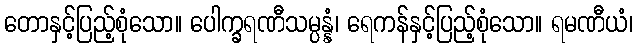
တောနှင့်ပြည့်စုံသော။ ပေါက္ခရဏီသမ္ပန္နံ၊ ရေကန်နှင့်ပြည့်စုံသော။ ရမဏီယံ၊